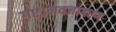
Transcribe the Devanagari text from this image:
गए।नवजागरण